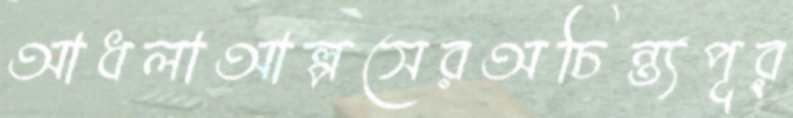
আধলাআল্পসেরঅচিন্ত্যপূর্